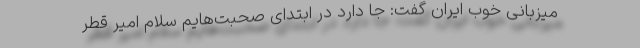
میزبانی خوب ایران گفت: جا دارد در ابتدای صحبت‌هایم سلام‌ امیر قطر